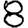
Digit: 8